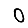
Digit: 0